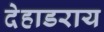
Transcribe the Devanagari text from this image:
देहाडराय